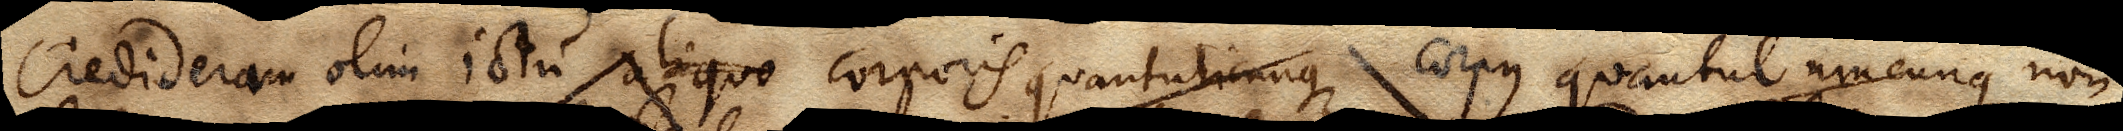
Credideram olim ictu alioquo corporis quantulicunque corpus quantulumcunque non